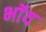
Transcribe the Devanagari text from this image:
भॉय